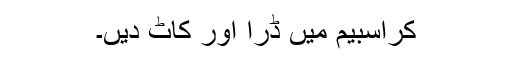
کراسبیم میں ڈرا اور کاٹ دیں۔